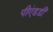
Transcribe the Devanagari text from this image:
पीएंडडी